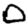
Digit: 0